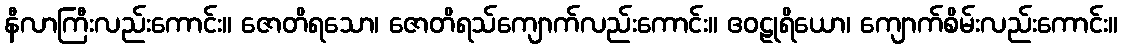
နီလာကြီးလည်းကောင်း။ ဇောတိရသော၊ ဇောတိရသ်ကျောက်လည်းကောင်း။ ဧဝဠုရိယော၊ ကျောက်စိမ်းလည်းကောင်း။